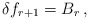
\begin{align*}\delta f_{r+1}=B_r\,,\end{align*}